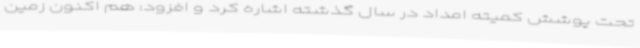
تحت پوشش کمیته امداد در سال گذشته اشاره کرد و افزود: هم اکنون زمین